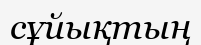
сұйықтың